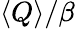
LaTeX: \langle Q\rangle/\beta